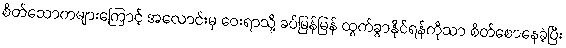
စိတ်သောကများကြောင့် အလောင်းမှ ဝေးရာသို့ ခပ်မြန်မြန် ထွက်ခွာနိုင်ရန်ကိုသာ စိတ်စောနေခဲ့ပြီး